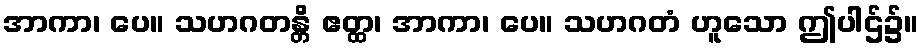
အာကာ၊ ပေ။ သဟဂတန္တိ ဧတ္ထ၊ အာကာ၊ ပေ။ သဟဂတံ ဟူသော ဤပါဌ်၌။